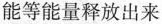
能等能量释放出来